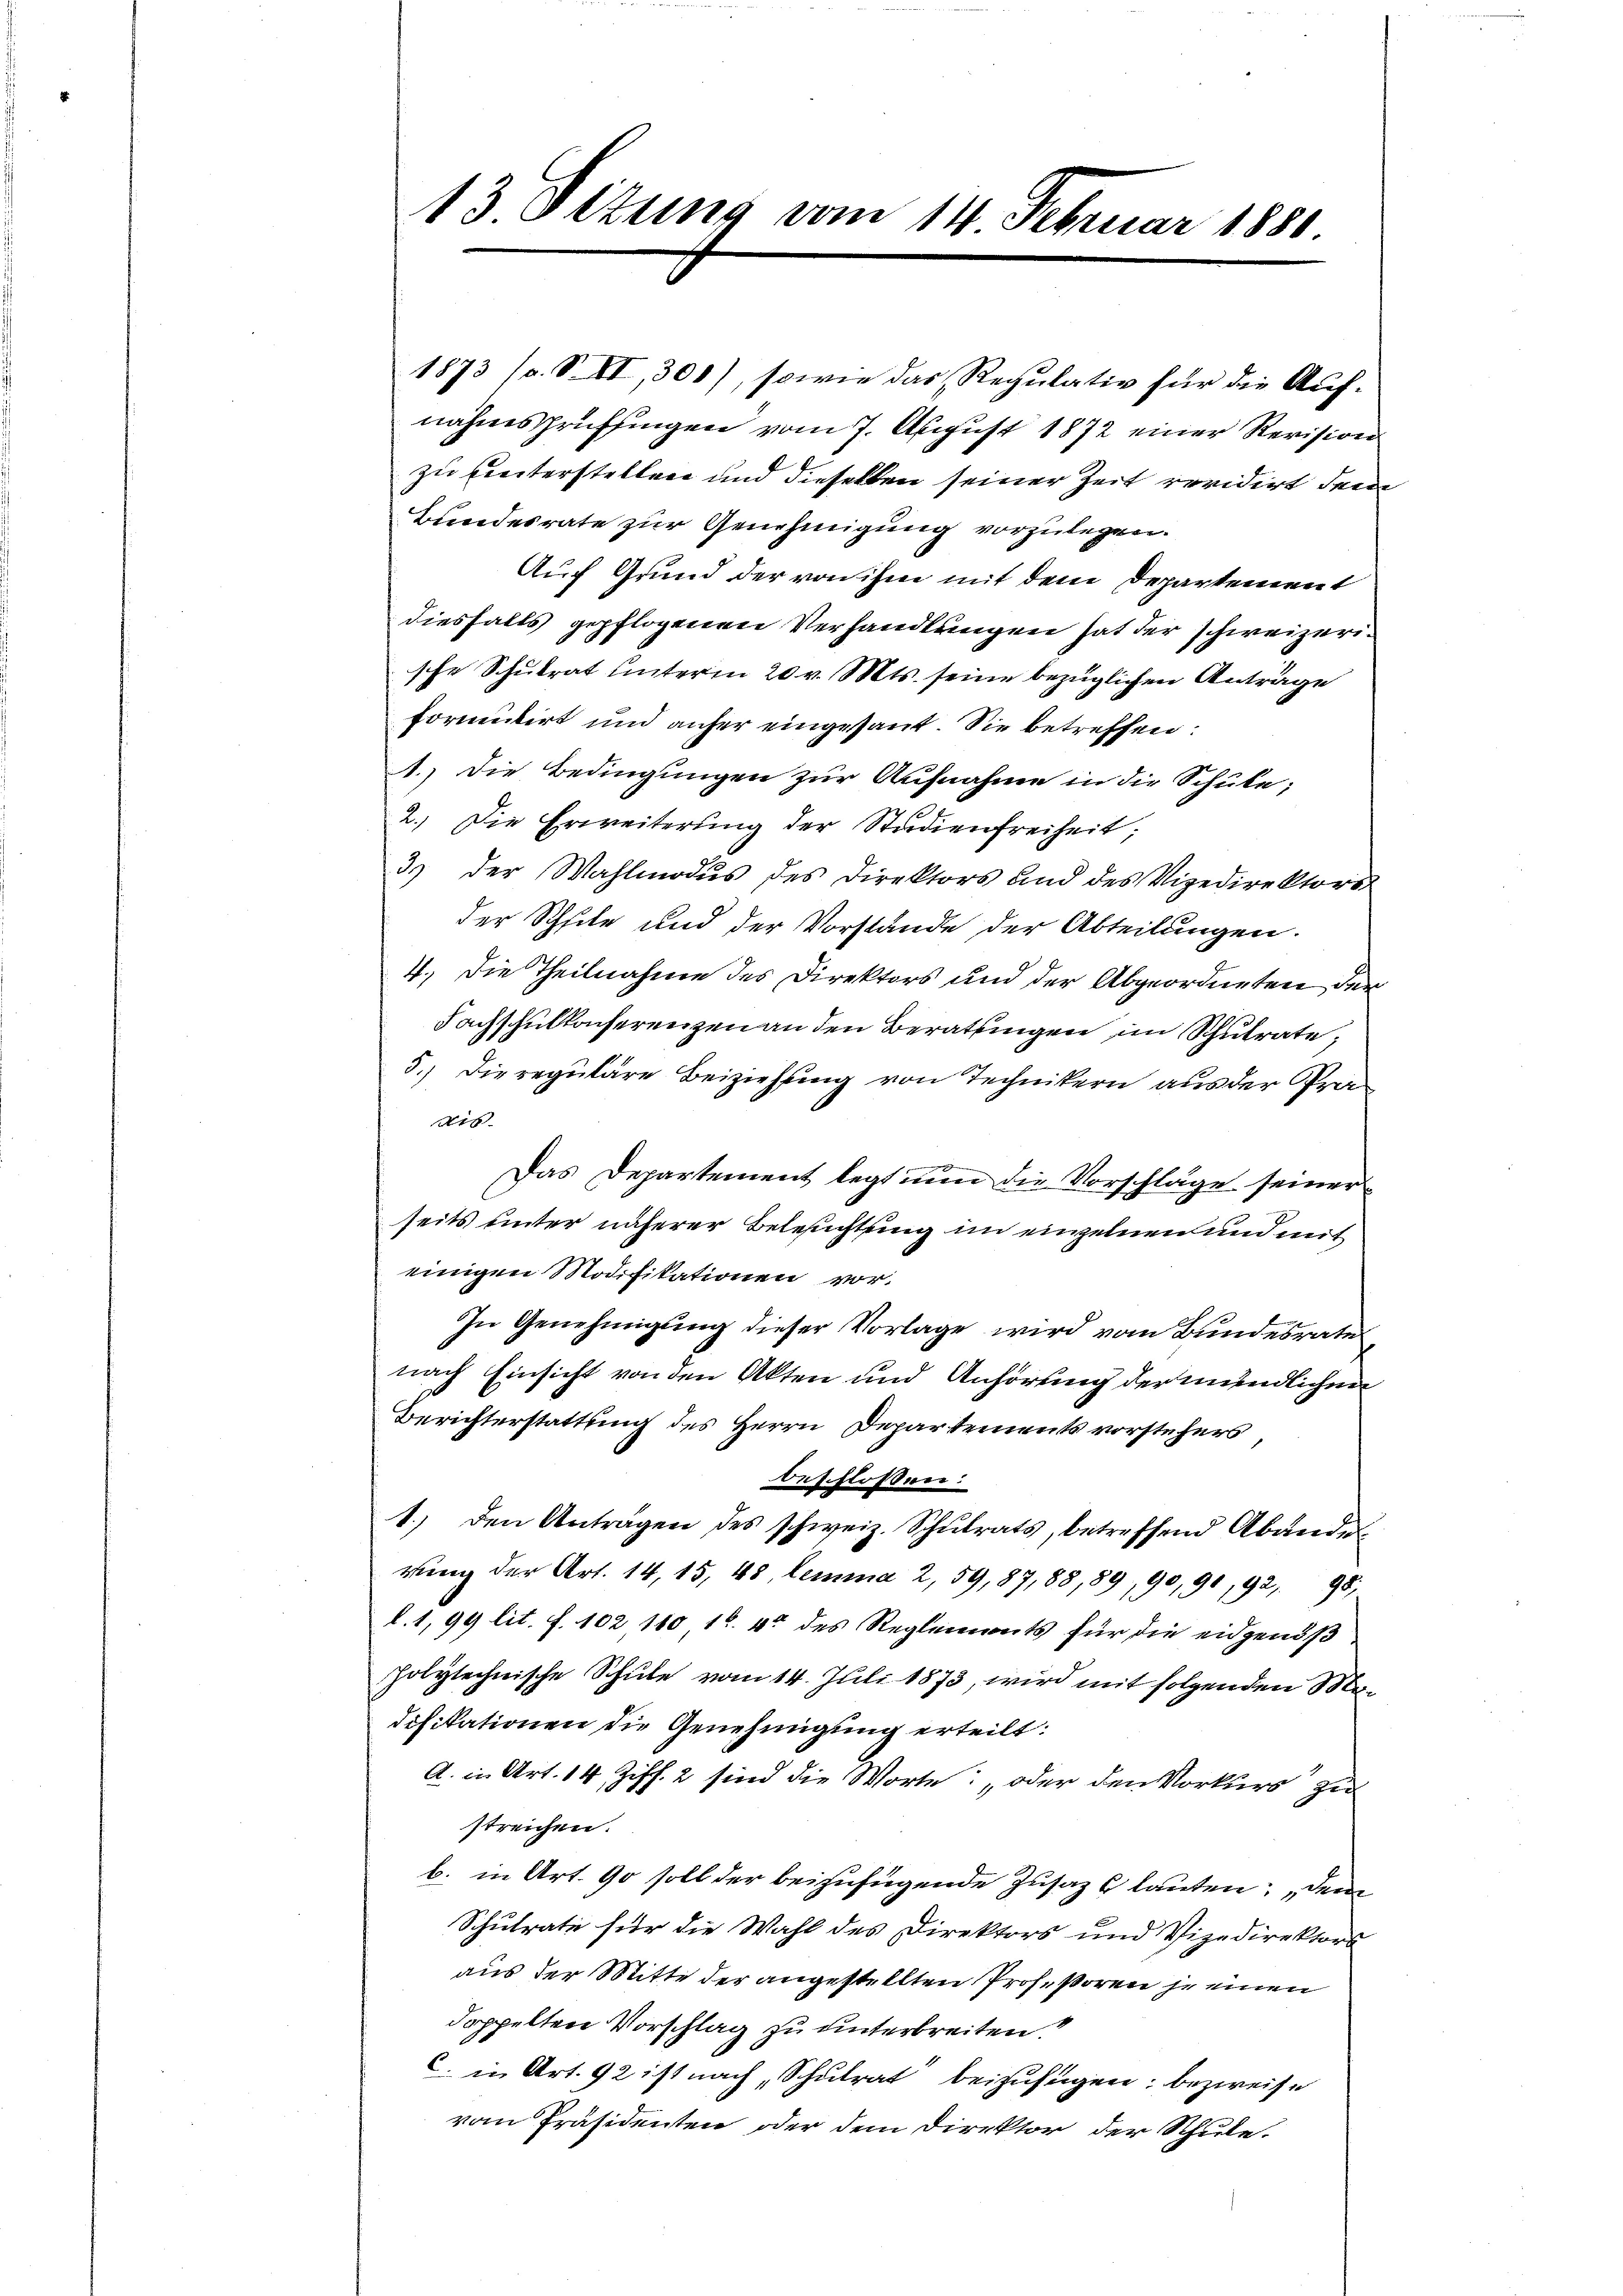
13 Titung vom 14. Februar 1880

1873 (s. S. VI, 300), sowie das Regulativ für die Auf-
nahmsprüffingen vom 7. August 1872 einer Revision
zu hinterstellen und dieselben seiner Zeit revidirt dem
Bundesrate zur Genehmigung vorzulegen.
Auf Grund der von ihm mit dem Departement
diesfalls gepflogenen Verhandlungen hat der schweizerische Schulrat unterm 20. v. Mts. seine bezüglichen Anträge
formitirt und anher eingesant. Sie betreffen:
1.) Die Bedingungen zur Aufnahme in die Schule,
2.) Die Erweiterung der Studienfreiheit;
3) der Wahlmodŭs des Direktors und des Vizedirektors
der Schile und der Vorstände der Abteilungen.
4.) Die Theilnahme des Direktors und der Abgeordneten der
Fachschulkonserenzen an den Beratungen im Schulrate,
5.) Die reguläre Beiziehung von Technikern aus der Prädis
Das Departement legt nun die Vorschläge seiner
seits unter näherer Belerichtung im einzelnen und mit
einigen Modifikationen vor.
In Genehmigŭng dieser Vorlage wird vom Bundesrate
nach Einsicht von den Akten und Anhörung der mündlichen
Berichterstattung des Herrn Departements vorstehers
beschlossen:
1.) den Antragen des schweiz. Schŭlrats, betreffend Abände
rŭng der Art. 14, 15, 48, lemma 2, 59, 87, 88, 89, 90, 90, 92, 98,
l.1,99 lit. f. 102 1801. 40 des Reglements für die eidgenöß
polytechnische Schule vom 14. Juli 1873, wird mit folgenden Madifikationen die Genehmigung erteilt:
A. in Art. 14 Ziff. 2 sind die Worte: „oder den Vorkurs zu
streichen.
b. in Art. 90 soll der beizufügende Zusatz (lauten; dem
Schulrate für die Wahl des Direktors und Vizedirektors
aus der Mitte der angestellten Prof. Voren je einen
doppelten Vorschlag zu unterbreiten?
C. in Art. 92 ist nach, Schulrat beizufügen; bezweife
vom Präsidenten oder dem Direktor der Schule.